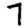
Digit: 7